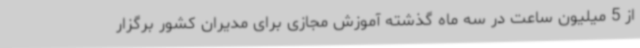
از 5 میلیون ساعت در سه ماه گذشته آموزش مجازی برای مدیران کشور برگزار